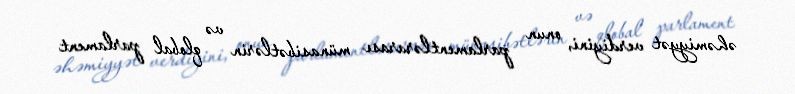
əhəmiyyət verdiyini, onun parlamentlərarası münasibətlərin və qlobal parlament